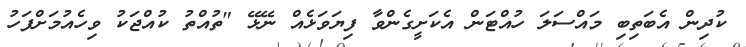
ކުދިން އެބަތިބި މައްސަލަ ހުއްޓަން އެކަށީގެންވާ ފިޔަވަޅެއް ނޭޅޭ "ތުއްތު ކުއްޖަކު ވިހެއުމަށްފަހު